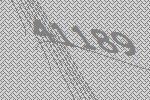
41189